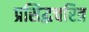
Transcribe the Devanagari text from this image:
प्रसिद्धचरित्र